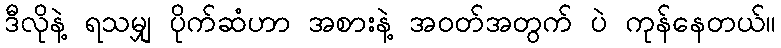
ဒီလိုနဲ့ ရသမျှ ပိုက်ဆံဟာ အစားနဲ့ အဝတ်အတွက် ပဲ ကုန်နေတယ်။